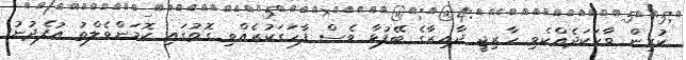
ކުރިން ވާހަކަދެއްކެވި ހާރިޖީ ދާއިރާގެ ބޭފުޅާ ވެސް ފާހަގަކުރެއްވި ގޮތުގައި ކޮމަންވެލްތު އުފެދުނު